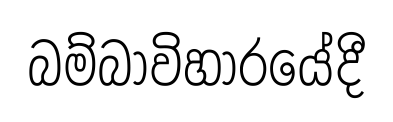
බම්බාවිහාරයේදී